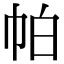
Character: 帕